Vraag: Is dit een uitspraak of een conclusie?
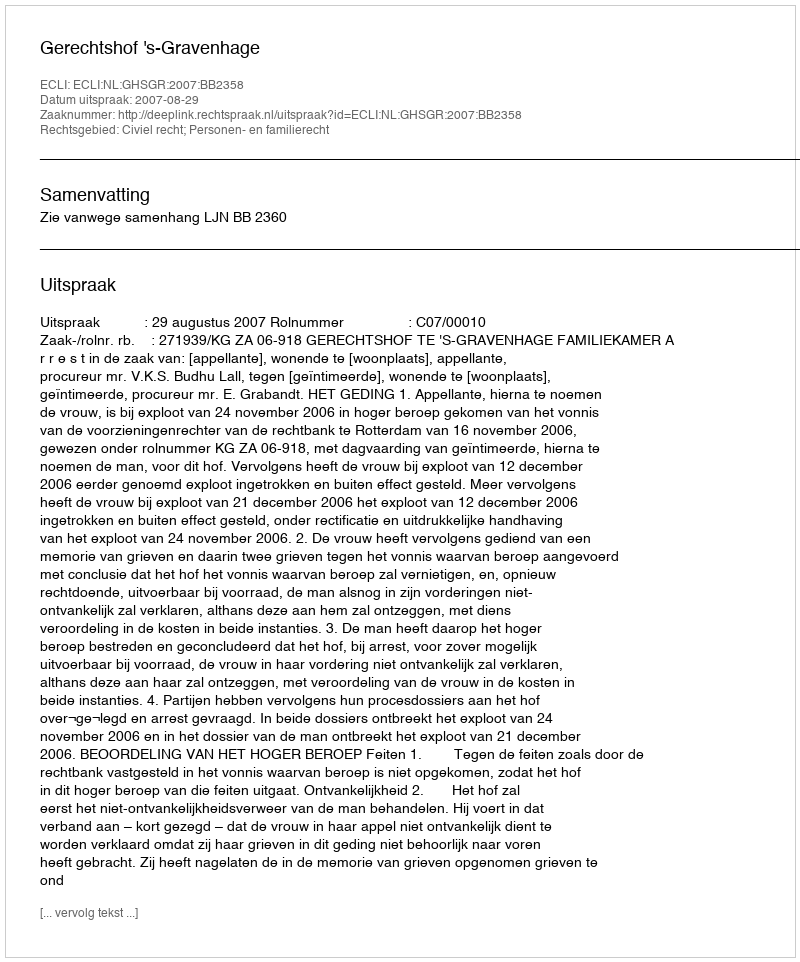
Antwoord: Uitspraak